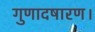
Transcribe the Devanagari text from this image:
गुणादषारण।